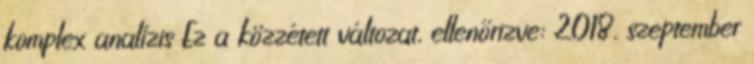
komplex analízis Ez a közzétett változat, ellenőrizve: 2018. szeptember